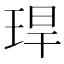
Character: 𤥚